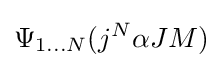
\Psi _{1\ldots N}(j^{N}\alpha JM)